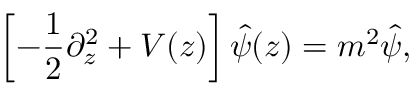
\left[ - { \frac { 1 } { 2 } } \partial _ { z } ^ { 2 } + V ( z ) \right] \hat { \psi } ( z ) = m ^ { 2 } \hat { \psi } ,